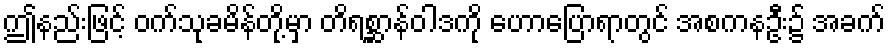
ဤနည်းဖြင့် ဝက်သုခမိန်တို့မှာ တိရစ္ဆာန်ဝါဒကို ဟောပြောရာတွင် အစကနဦး၌ အခက်